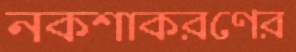
নকশাকরণের